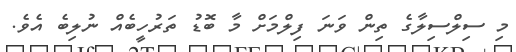
މި ސިލްސިލާގެ ތިން ވަނަ ފިލްމަށް މާ ބޮޑު ތަރުހީބެއް ނުލިބެ އެވެ.